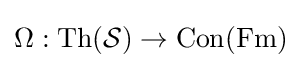
\Omega :\mathrm {Th} ({\mathcal {S}})\rightarrow {\rm {Con}}({\rm {Fm}})